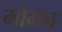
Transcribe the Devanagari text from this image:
मोमन